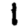
Digit: 1